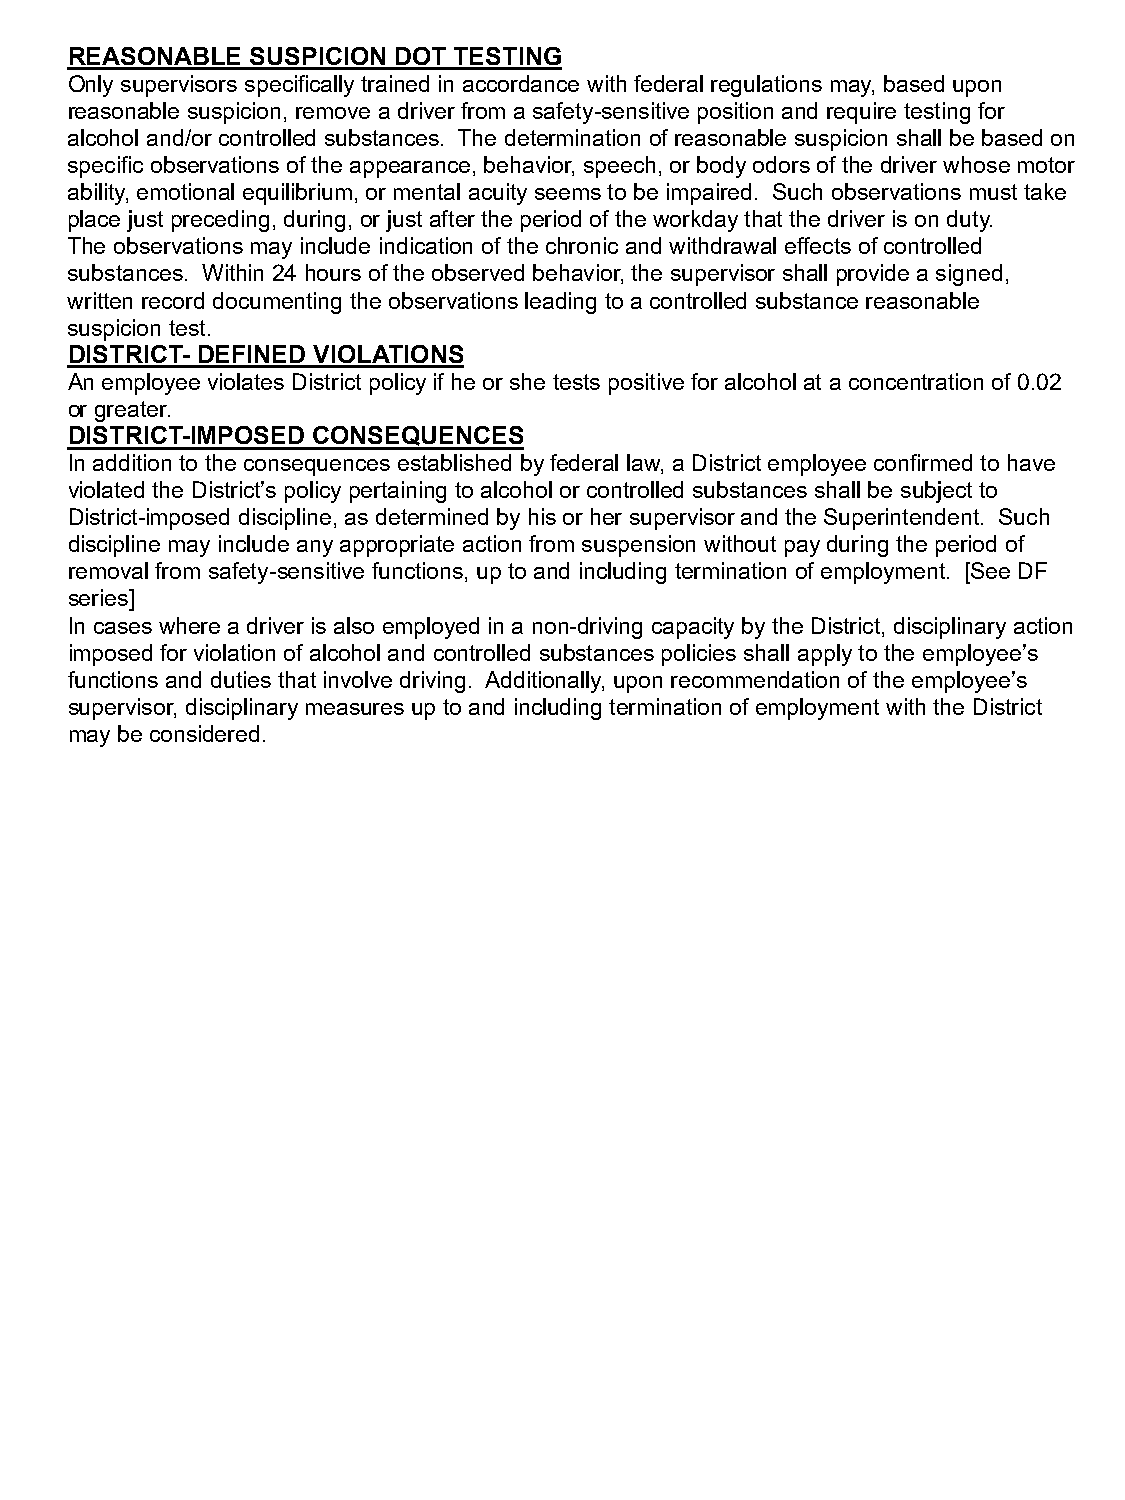
REASONABLE   SUSPICION DOT TESTING
 Only supervisors specifically trained in accordance with federal regulations may, based upon
 reasonable suspicion, remove a driver from a safety-sensitive position and require testing for
 alcohol and/or controlled substances. The determination of reasonable suspicion shall be based on
 specific observations of the appearance, behavior, speech, or body odors of the driver whose motor
 ability, emotional equilibrium, or mental acuity seems to be impaired. Such observations must take
 place just preceding, during, or just after the period of the workday that the driver is on duty.
 The observations may include indication of the chronic and withdrawal effects of controlled
 substances. Within 24 hours of the observed behavior, the supervisor shall provide a signed,
 written record documenting the observations leading to a controlled substance reasonable
 suspicion test.
 DISTRICT- DEFINED VIOLATIONS
 An employee violates District policy if he or she tests positive for alcohol at a concentration of 0.02
 or greater.
 DISTRICT-IMPOSED CONSEQUENCES
 In addition to the consequences established by federal law, a District employee confirmed to have
 violated the District’s policy pertaining to alcohol or controlled substances shall be subject to
 District-imposed discipline, as determined by his or her supervisor and the Superintendent. Such
 discipline may include any appropriate action from suspension without pay during the period of
 removal from safety-sensitive functions, up to and including termination of employment. [See DF
 series]
 In cases where a driver is also employed in a non-driving capacity by the District, disciplinary action
 imposed for violation of alcohol and controlled substances policies shall apply to the employee’s
 functions and duties that involve driving. Additionally, upon recommendation of the employee’s
 supervisor, disciplinary measures up to and including termination of employment with the District
 may be considered.